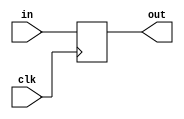
module coreir_reg #(
    parameter width = 1,
    parameter clk_posedge = 1,
    parameter init = 1
) (
    input clk,
    input [width-1:0] in,
    output [width-1:0] out
);
  reg [width-1:0] outReg=init;
  wire real_clk;
  assign real_clk = clk_posedge ? clk : ~clk;
  always @(posedge real_clk) begin
    outReg <= in;
  end
  assign out = outReg;
endmodule

module corebit_not (
    input in,
    output out
);
  assign out = ~in;
endmodule

module DFF_init0_has_ceFalse_has_resetFalse_has_async_resetFalse (
    input I,
    output O,
    input CLK
);
wire [0:0] reg_P_inst0_out;
coreir_reg #(
    .clk_posedge(1'b1),
    .init(1'h0),
    .width(1)
) reg_P_inst0 (
    .clk(CLK),
    .in(I),
    .out(reg_P_inst0_out)
);
assign O = reg_P_inst0_out[0];
endmodule

module Johnson8 (
    output [7:0] O,
    input CLK
);
wire DFF_init0_has_ceFalse_has_resetFalse_has_async_resetFalse_inst0_O;
wire DFF_init0_has_ceFalse_has_resetFalse_has_async_resetFalse_inst1_O;
wire DFF_init0_has_ceFalse_has_resetFalse_has_async_resetFalse_inst2_O;
wire DFF_init0_has_ceFalse_has_resetFalse_has_async_resetFalse_inst3_O;
wire DFF_init0_has_ceFalse_has_resetFalse_has_async_resetFalse_inst4_O;
wire DFF_init0_has_ceFalse_has_resetFalse_has_async_resetFalse_inst5_O;
wire DFF_init0_has_ceFalse_has_resetFalse_has_async_resetFalse_inst6_O;
wire DFF_init0_has_ceFalse_has_resetFalse_has_async_resetFalse_inst7_O;
wire not_inst0_out;
DFF_init0_has_ceFalse_has_resetFalse_has_async_resetFalse DFF_init0_has_ceFalse_has_resetFalse_has_async_resetFalse_inst0 (
    .I(not_inst0_out),
    .O(DFF_init0_has_ceFalse_has_resetFalse_has_async_resetFalse_inst0_O),
    .CLK(CLK)
);
DFF_init0_has_ceFalse_has_resetFalse_has_async_resetFalse DFF_init0_has_ceFalse_has_resetFalse_has_async_resetFalse_inst1 (
    .I(DFF_init0_has_ceFalse_has_resetFalse_has_async_resetFalse_inst0_O),
    .O(DFF_init0_has_ceFalse_has_resetFalse_has_async_resetFalse_inst1_O),
    .CLK(CLK)
);
DFF_init0_has_ceFalse_has_resetFalse_has_async_resetFalse DFF_init0_has_ceFalse_has_resetFalse_has_async_resetFalse_inst2 (
    .I(DFF_init0_has_ceFalse_has_resetFalse_has_async_resetFalse_inst1_O),
    .O(DFF_init0_has_ceFalse_has_resetFalse_has_async_resetFalse_inst2_O),
    .CLK(CLK)
);
DFF_init0_has_ceFalse_has_resetFalse_has_async_resetFalse DFF_init0_has_ceFalse_has_resetFalse_has_async_resetFalse_inst3 (
    .I(DFF_init0_has_ceFalse_has_resetFalse_has_async_resetFalse_inst2_O),
    .O(DFF_init0_has_ceFalse_has_resetFalse_has_async_resetFalse_inst3_O),
    .CLK(CLK)
);
DFF_init0_has_ceFalse_has_resetFalse_has_async_resetFalse DFF_init0_has_ceFalse_has_resetFalse_has_async_resetFalse_inst4 (
    .I(DFF_init0_has_ceFalse_has_resetFalse_has_async_resetFalse_inst3_O),
    .O(DFF_init0_has_ceFalse_has_resetFalse_has_async_resetFalse_inst4_O),
    .CLK(CLK)
);
DFF_init0_has_ceFalse_has_resetFalse_has_async_resetFalse DFF_init0_has_ceFalse_has_resetFalse_has_async_resetFalse_inst5 (
    .I(DFF_init0_has_ceFalse_has_resetFalse_has_async_resetFalse_inst4_O),
    .O(DFF_init0_has_ceFalse_has_resetFalse_has_async_resetFalse_inst5_O),
    .CLK(CLK)
);
DFF_init0_has_ceFalse_has_resetFalse_has_async_resetFalse DFF_init0_has_ceFalse_has_resetFalse_has_async_resetFalse_inst6 (
    .I(DFF_init0_has_ceFalse_has_resetFalse_has_async_resetFalse_inst5_O),
    .O(DFF_init0_has_ceFalse_has_resetFalse_has_async_resetFalse_inst6_O),
    .CLK(CLK)
);
DFF_init0_has_ceFalse_has_resetFalse_has_async_resetFalse DFF_init0_has_ceFalse_has_resetFalse_has_async_resetFalse_inst7 (
    .I(DFF_init0_has_ceFalse_has_resetFalse_has_async_resetFalse_inst6_O),
    .O(DFF_init0_has_ceFalse_has_resetFalse_has_async_resetFalse_inst7_O),
    .CLK(CLK)
);
corebit_not not_inst0 (
    .in(DFF_init0_has_ceFalse_has_resetFalse_has_async_resetFalse_inst7_O),
    .out(not_inst0_out)
);
assign O = {DFF_init0_has_ceFalse_has_resetFalse_has_async_resetFalse_inst7_O,DFF_init0_has_ceFalse_has_resetFalse_has_async_resetFalse_inst6_O,DFF_init0_has_ceFalse_has_resetFalse_has_async_resetFalse_inst5_O,DFF_init0_has_ceFalse_has_resetFalse_has_async_resetFalse_inst4_O,DFF_init0_has_ceFalse_has_resetFalse_has_async_resetFalse_inst3_O,DFF_init0_has_ceFalse_has_resetFalse_has_async_resetFalse_inst2_O,DFF_init0_has_ceFalse_has_resetFalse_has_async_resetFalse_inst1_O,DFF_init0_has_ceFalse_has_resetFalse_has_async_resetFalse_inst0_O};
endmodule